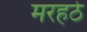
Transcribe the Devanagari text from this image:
मरहठे